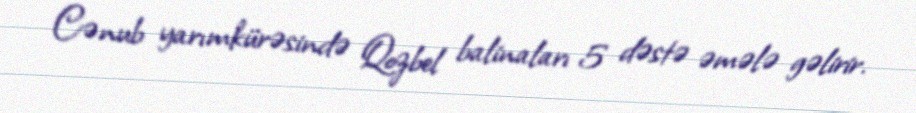
Cənub yarımkürəsində Qozbel balinaları 5 dəstə əmələ gəlirir.